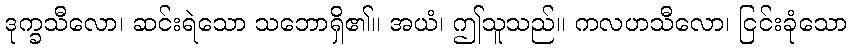
ဒုက္ခသီလော၊ ဆင်းရဲသော သဘောရှိ၏။ အယံ၊ ဤသူသည်။ ကလဟသီလော၊ ငြင်းခုံသော